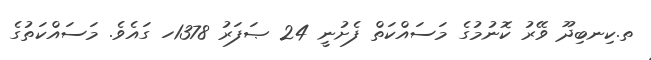
ތ.ކިނބިދޫ ވޭރު ކޮނުމުގެ މަސައްކަތް ފެށުނީ 24 ޞަފަރު 1378ހ ގައެވެ. މަސައްކަތުގެ